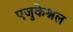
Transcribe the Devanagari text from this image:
एजुकेश्नल